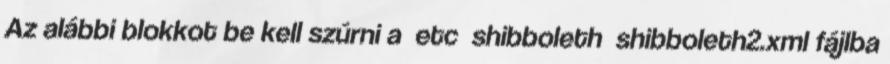
Az alábbi blokkot be kell szúrni a etc shibboleth shibboleth2.xml fájlba